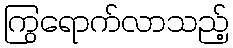
ကြွရောက်လာသည့်